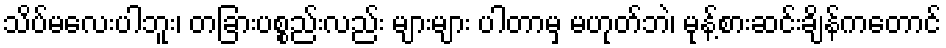
သိပ်မလေးပါဘူး၊ တခြားပစ္စည်းလည်း များများ ပါတာမှ မဟုတ်ဘဲ၊ မုန့်စားဆင်းချိန်ကတောင်